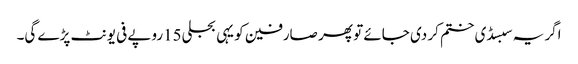
اگر یہ سبسڈی ختم کر دی جائے تو پھر صارفین کو یہی بجلی15روپے فی یونٹ پڑے گی۔